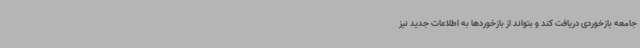
جامعه بازخوردی دریافت کند و بتواند از بازخوردها به اطلاعات جدید نیز